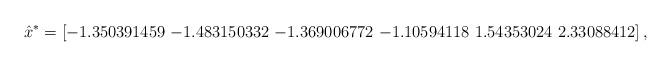
LaTeX: \begin{align*}\hat{x}^* = [-1.350391459\ {-1.483150332}\ {-1.369006772}\ {-1.10594118}\ 1.54353024\ 2.33088412]\,,\end{align*}